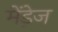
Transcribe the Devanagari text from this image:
मेंडे़ज